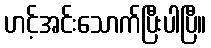
ဟင့်အင်းသောက်ပြီးပါပြီ။